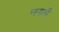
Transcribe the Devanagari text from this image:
ननकी